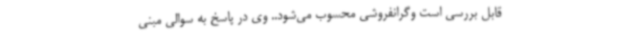
قابل بررسی است وگرانفروشی محسوب می‌شود.. وی در پاسخ به سوالی مبنی